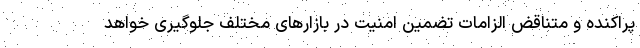
پراکنده و متناقض الزامات تضمین امنیت در بازارهای مختلف جلوگیری خواهد